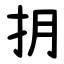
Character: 抈